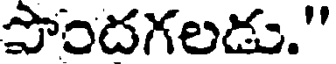
పొందగలడు."